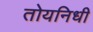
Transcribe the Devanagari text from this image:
तोयनिधी